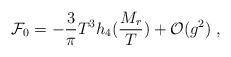
LaTeX: \begin{align*}{\cal F}_0 = -\frac{3}{\pi}T^3h_4(\frac{M_r}{T})+ {\cal O}(g^2)\;,\end{align*}